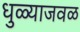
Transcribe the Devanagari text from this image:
धुळ्याजवळ